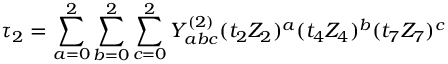
\tau _ { 2 } = \sum _ { a = 0 } ^ { 2 } \sum _ { b = 0 } ^ { 2 } \sum _ { c = 0 } ^ { 2 } Y _ { a b c } ^ { ( 2 ) } ( t _ { 2 } Z _ { 2 } ) ^ { a } ( t _ { 4 } Z _ { 4 } ) ^ { b } ( t _ { 7 } Z _ { 7 } ) ^ { c }